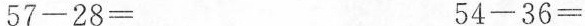
$$57-28=$$ $$54-36=$$